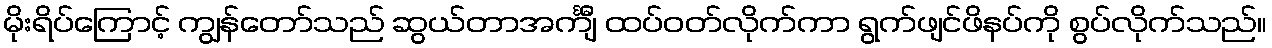
မိုးရိပ်ကြောင့် ကျွန်တော်သည် ဆွယ်တာအင်္ကျီ ထပ်ဝတ်လိုက်ကာ ရွက်ဖျင်ဖိနပ်ကို စွပ်လိုက်သည်။